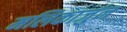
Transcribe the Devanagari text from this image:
मलिकार्जुन